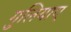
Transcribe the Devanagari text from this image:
गुलियाए